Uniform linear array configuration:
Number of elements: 16
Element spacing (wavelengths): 1
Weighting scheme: exponential
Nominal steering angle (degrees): -30
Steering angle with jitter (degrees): -28.988
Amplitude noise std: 0.05
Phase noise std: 0.05

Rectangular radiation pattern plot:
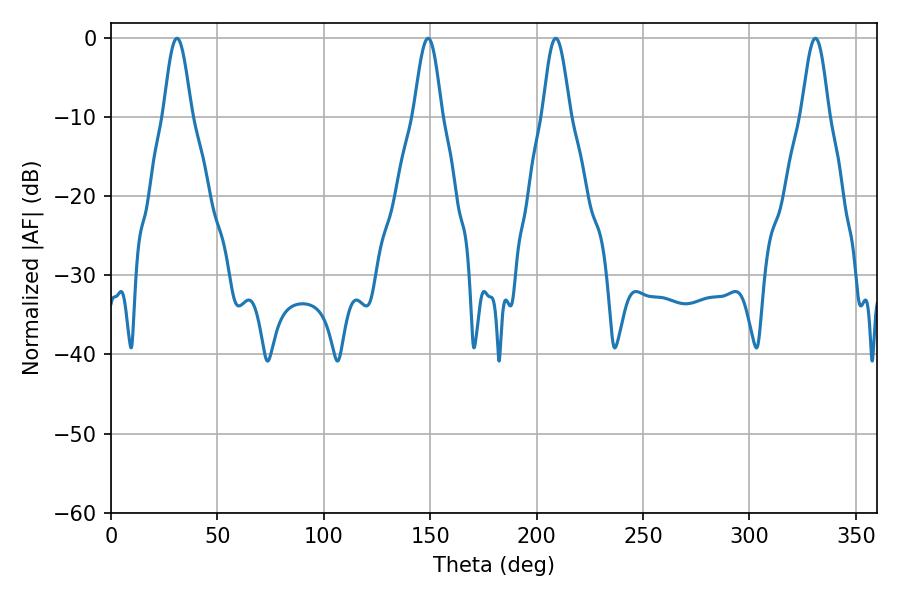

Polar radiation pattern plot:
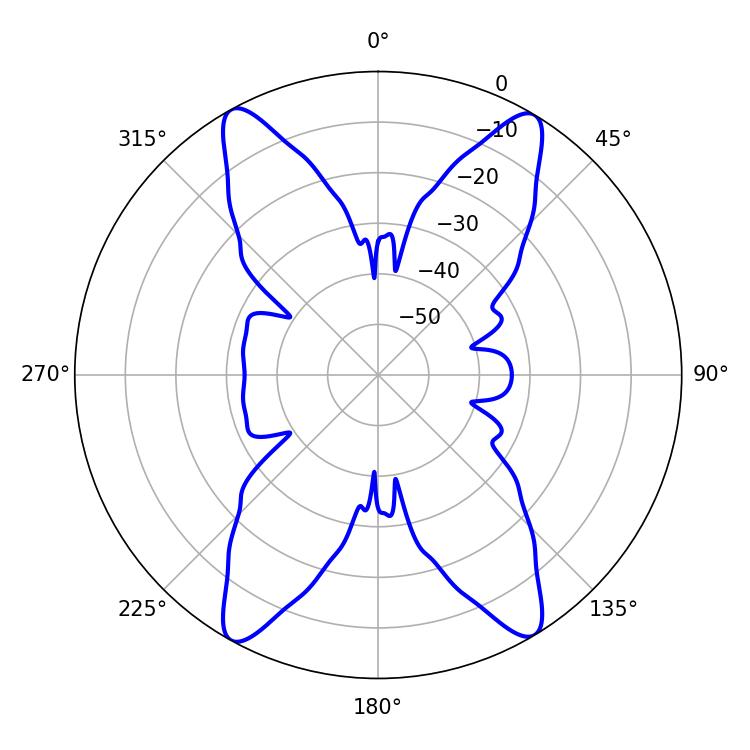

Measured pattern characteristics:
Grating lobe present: TRUE
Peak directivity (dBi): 22.355
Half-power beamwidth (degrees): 6.84
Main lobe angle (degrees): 208.98